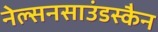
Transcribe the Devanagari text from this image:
नेल्सनसाउंडस्कैन